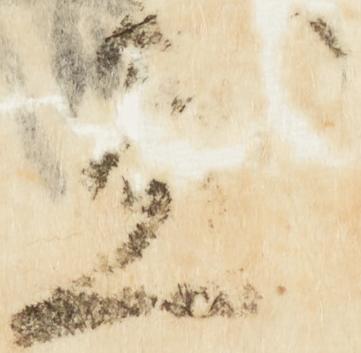
尽